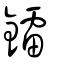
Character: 鐳